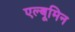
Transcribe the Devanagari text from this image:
एल्बूमिन